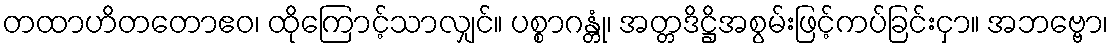
တထာဟိတတောဧဝ၊ ထိုကြောင့်သာလျှင်။ ပစ္စာဂန္တုံ၊ အတ္တဒိဋ္ဌိအစွမ်းဖြင့်ကပ်ခြင်းငှာ။ အဘဗ္ဗော၊